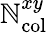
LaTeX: \mathbb{N}_{\mathrm{{col}}}^{xy}